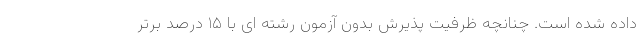
داده شده است. چنانچه ظرفیت پذیرش بدون آزمون رشته ای با ۱۵ درصد برتر